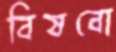
বিষবো